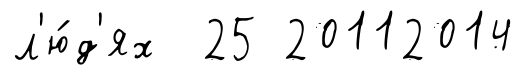
л'ю́д'ях 25 20112014